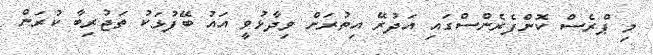
މި ޕްރެސް ކޮންފެރެންސްގައި އަދުރޭ އިތުރަށް ވިދާޅުވީ އައު ބޭފުޅަކު ތަޖުރިބާ ކުރަން